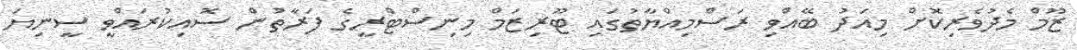
ޒޫމް މެދުވެރިކޮށް މިއަދު ބޭއްވި ރަސްމިއްޔާތުގައި ޓޫރިޒަމް މިނިސްޓްރީގެ ފަރާތުން ސޮއިކުރައްވީ ސީނިޔަ